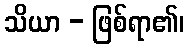
သိယာ - ဖြစ်ရာ၏၊